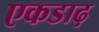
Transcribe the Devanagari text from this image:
एकडाढ़